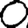
Digit: 0